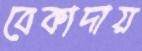
বেকাদায়